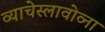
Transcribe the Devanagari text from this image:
व्याचेस्लावोव्ना